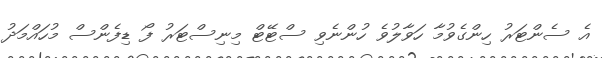
އެ ސެންޓަރު ހިންގެވުމާ ހަވާލުވެ ހުންނެވި ސްޓޭޓް މިނިސްޓަރު ފޯ ޑިފެންސް މުހައްމަދު